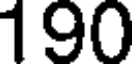
190